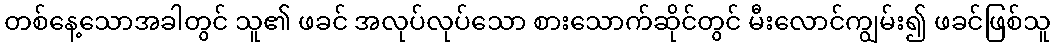
တစ်နေ့သောအခါတွင် သူ၏ ဖခင် အလုပ်လုပ်သော စားသောက်ဆိုင်တွင် မီးလောင်ကျွမ်း၍ ဖခင်ဖြစ်သူ